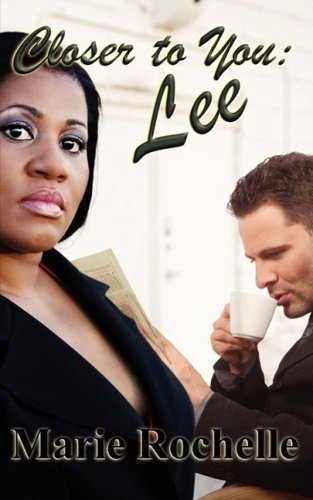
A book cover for Closer To You: Lee; Marie Rochelle; Romance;